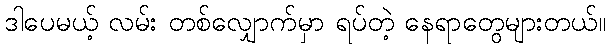
ဒါပေမယ့် လမ်း တစ်လျှောက်မှာ ရပ်တဲ့ နေရာတွေများတယ်။